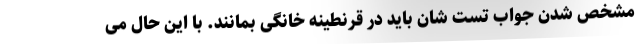
مشخص شدن جواب تست شان باید در قرنطینه خانگی بمانند. با این حال می